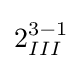
2_{III}^{3-1}